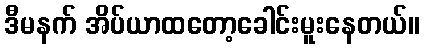
ဒီမနက် အိပ်ယာထတော့ခေါင်းမူးနေတယ်။